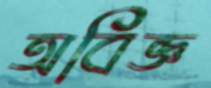
অবিজ্ঞ